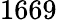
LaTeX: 1669